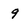
Character: 9